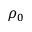
\rho _ { 0 }